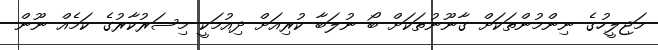
މަޖިލީހުގެ ނިންމުންތަކަށް ގާނޫނުތަކަށް ބޯ ނުލަބާ ކުރިއަށް ދިއުމަކީ މިސަރުކާރުގެ ކަމެއް ނޫން